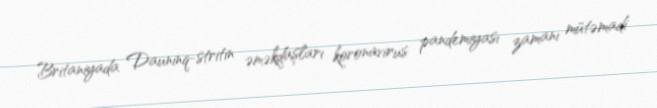
Britaniyada Dauninq-stritin əməkdaşları koronavirus pandemiyası zamanı mütəmadi